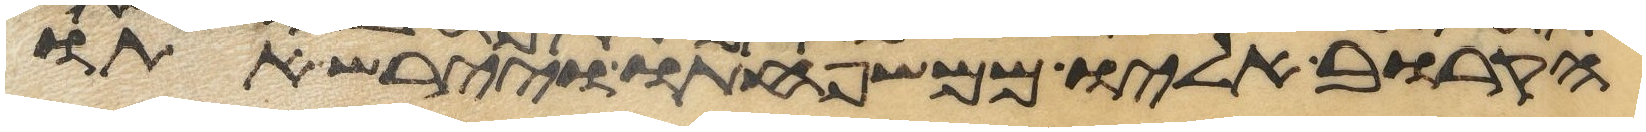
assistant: הקרוב אליו ממשפחתו ויירש אתו